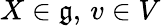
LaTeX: X\in{\mathfrak{g}},\, v\in V